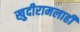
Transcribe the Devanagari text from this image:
खुदीरामलाही